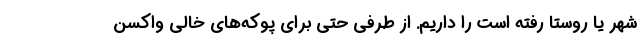
شهر یا روستا رفته است را داریم. از طرفی حتی برای پوکه‌های خالی واکسن